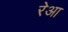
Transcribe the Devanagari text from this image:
रेआ